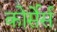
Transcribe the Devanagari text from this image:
कोर्सेर्स